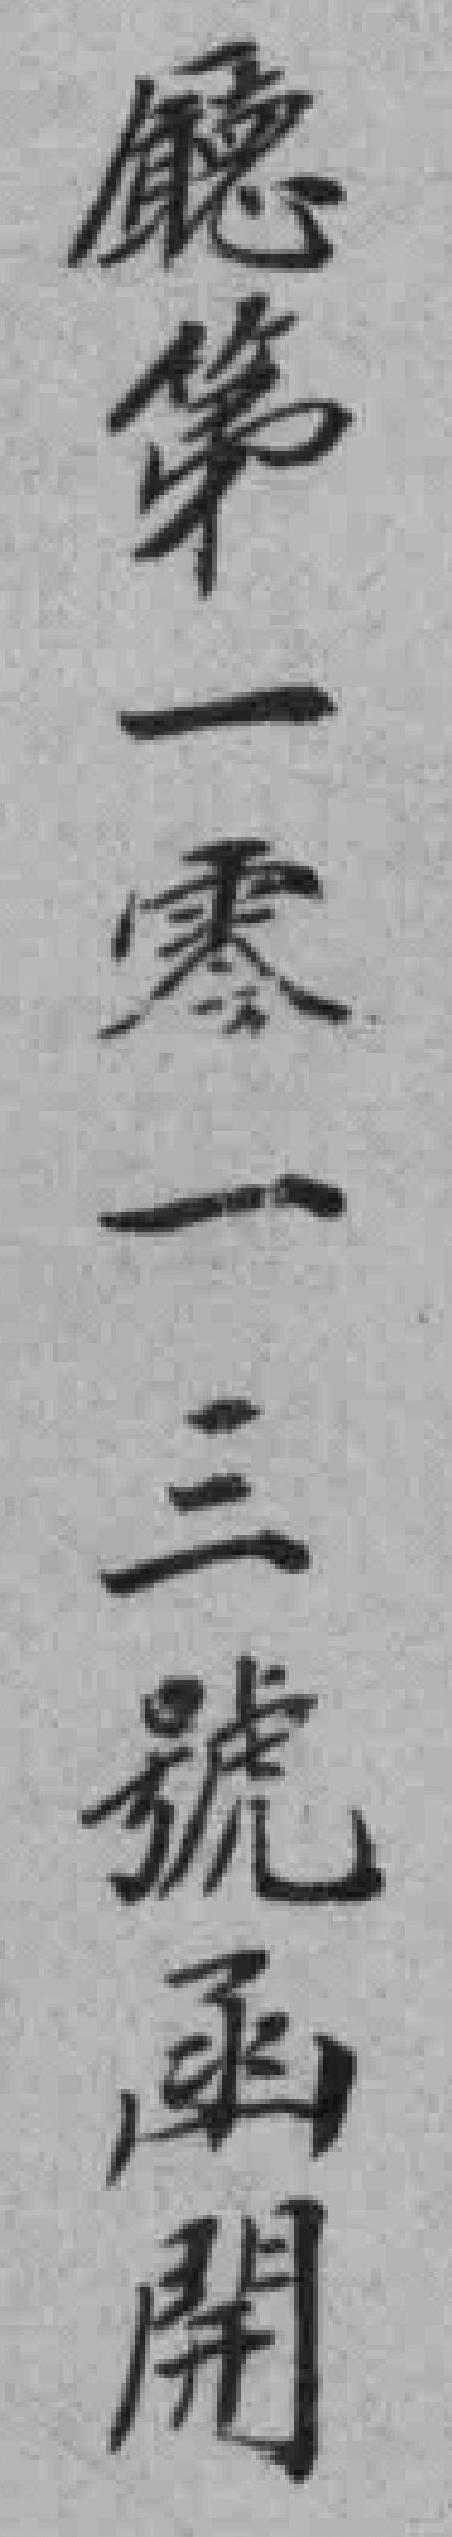
廰第一零一三號函開